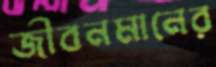
জীবনমানের